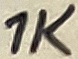
Text: 1K